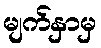
မျက်နှာမှ